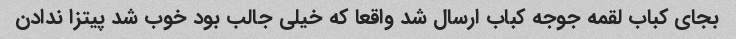
بجای کباب لقمه جوجه کباب ارسال شد واقعا که خیلی جالب بود خوب شد پیتزا ندادن